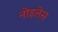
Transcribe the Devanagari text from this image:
नोइलेस